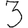
Digit: 3